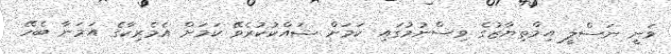
ވަނީ ނަސްލީ އިމްތިޔާޒުގެ ވިސްނުމުގައި ކަމަށް ޝައްކުކުރެވޭ ކަމަށް އެމެރިކާގެ އަމަނާ ބެހޭ